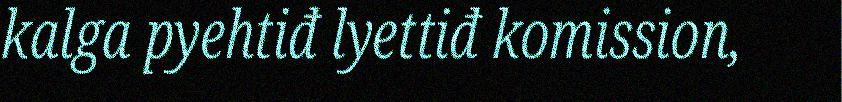
kalga pyehtiđ lyettiđ komission,